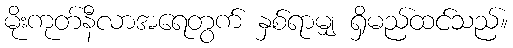
မိုးကုတ်နီလာအရေတွက် နှစ်ရာမျှ ရှိမည်ထင်သည်။